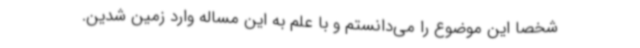
شخصا این موضوع را می‌دانستم و با علم به این مساله وارد زمین شدین.